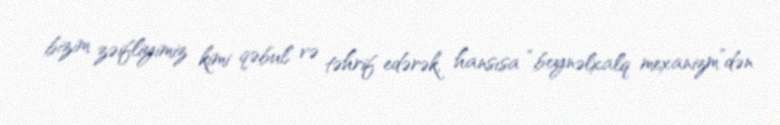
bizim zəifliyimiz kimi qəbul və təhrif edərək, hansısa “beynəlxalq mexanizm”dən